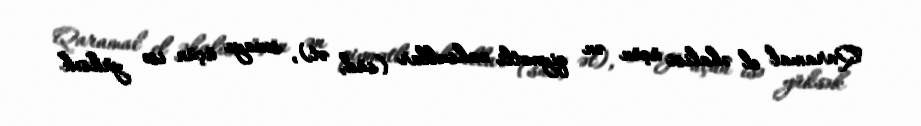
Qaramal el əhalisi üçün ən qiymətli məhsullar (süd, ət), sənaye üçün isə yüksək